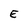
Character: E